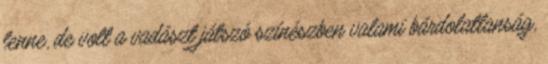
lenne, de volt a vadászt játszó színészben valami bárdolatlanság,